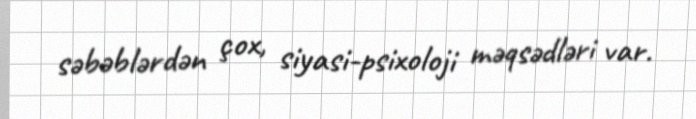
səbəblərdən çox, siyasi-psixoloji məqsədləri var.